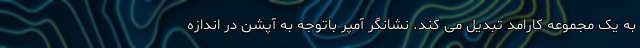
به یک مجموعه کارامد تبدیل می کند. نشانگر آمپر باتوجه به آپشن در اندازه